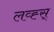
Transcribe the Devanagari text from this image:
लव्ह्स्